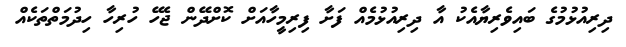
ދިރިއުޅުމުގެ ބައިވެރިޔާއެކު އާ ދިރިއުޅުމެއް ފަށާ ފިރިމީހާއަށް ކޮށްދޭން ޖެހޭ ހުރިހާ ހިދުމަތްތަކެއް